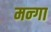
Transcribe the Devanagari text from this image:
मन्गा